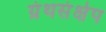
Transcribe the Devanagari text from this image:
ग्रंथसंक्षेप